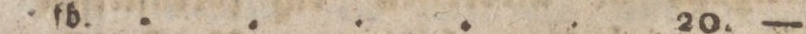
fb. ..... 20. —